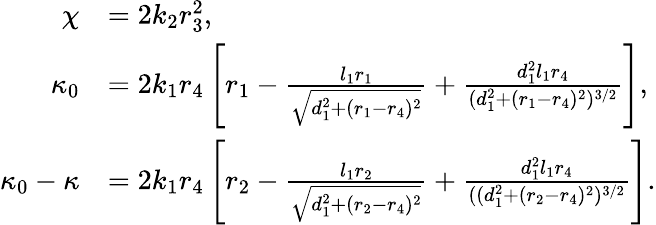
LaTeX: \begin{array}{rl}{\chi}&{=2k_{2}r_{3}^{2},}\\ {\kappa_{0}}&{=2k_{1}r_{4}\left[r_{1}-\frac{l_{1}r_{1}}{\sqrt{d_{1}^{2}+(r_{1}-r_{4})^{2}}}+\frac{d_{1}^{2}l_{1}r_{4}}{(d_{1}^{2}+(r_{1}-r_{4})^{2})^{3/2}}\right],}\\ {\kappa_{0}-\kappa}&{=2k_{1}r_{4}\left[r_{2}-\frac{l_{1}r_{2}}{\sqrt{d_{1}^{2}+(r_{2}-r_{4})^{2}}}+\frac{d_{1}^{2}l_{1}r_{4}}{((d_{1}^{2}+(r_{2}-r_{4})^{2})^{3/2}}\right].}\end{array}